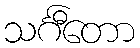
သင်္ဂီတော